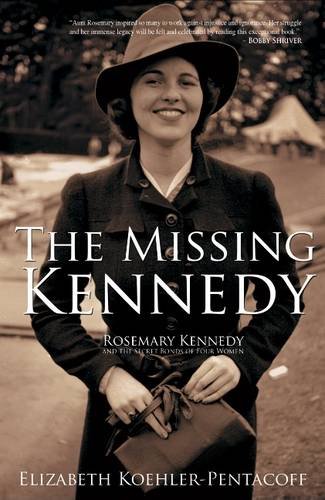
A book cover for The Missing Kennedy: Rosemary Kennedy and the Secret Bonds of Four Women; Elizabeth Koehler-Pentacoff; Biographies & Memoirs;